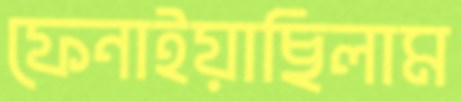
ফেনাইয়াছিলাম